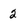
Character: 2